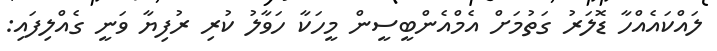
ލައްކައެއްހާ ޑޮލަރު ގަތުމަށް އެމްއެންބީސީން މީހަކާ ހަވާލު ކުރި ރުފިޔާ ވަނީ ގެއްލިފައި: